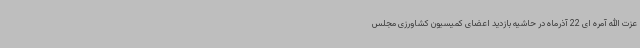
عزت الله آمره ای 22 آذرماه در حاشیه بازدید اعضای کمیسیون کشاورزی مجلس